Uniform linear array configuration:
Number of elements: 16
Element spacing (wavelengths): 0.75
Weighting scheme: cosine
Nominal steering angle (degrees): -30
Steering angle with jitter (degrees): -28.289
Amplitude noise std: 0.05
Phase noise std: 0.05

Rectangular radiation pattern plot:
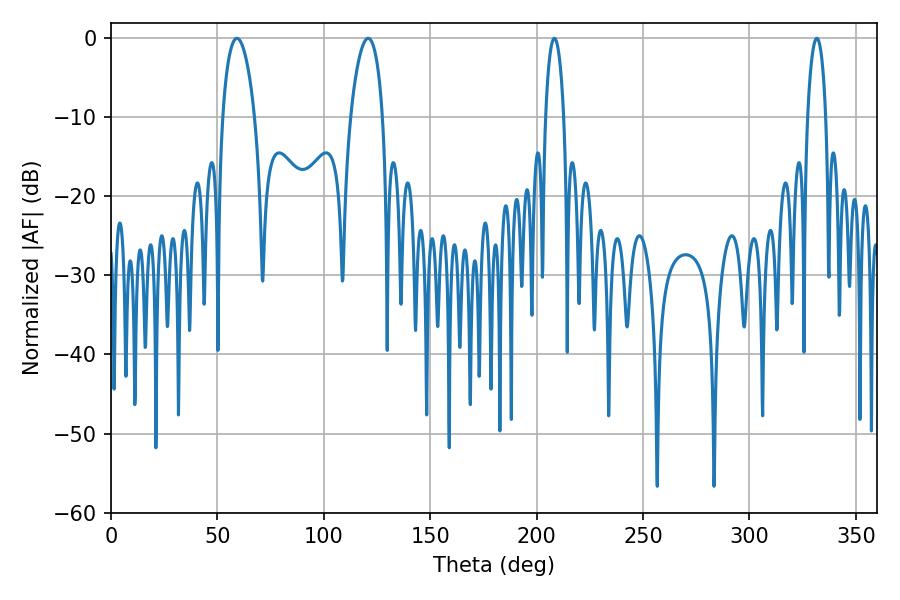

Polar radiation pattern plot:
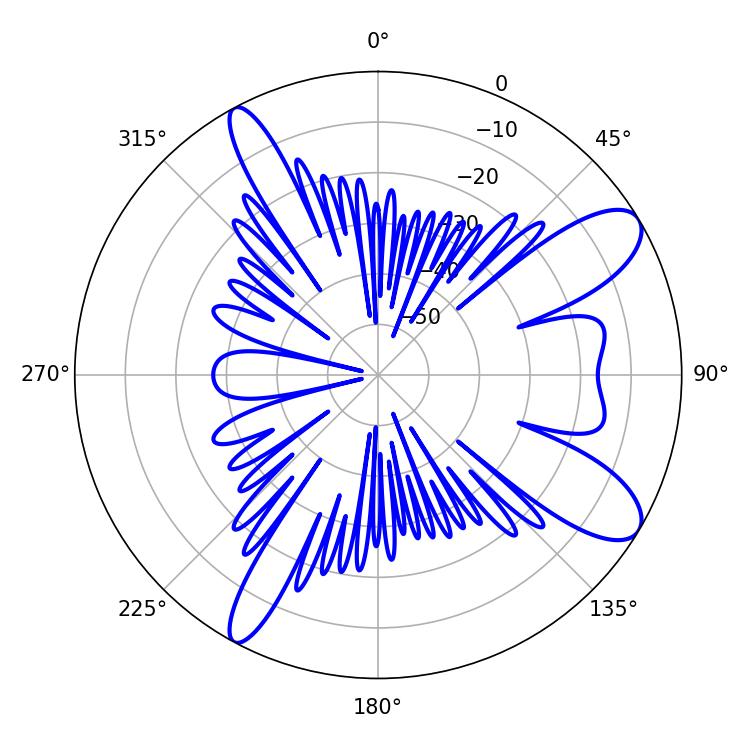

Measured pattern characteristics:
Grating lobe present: TRUE
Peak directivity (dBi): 10.035
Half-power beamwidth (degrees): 8.64
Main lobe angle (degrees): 120.78